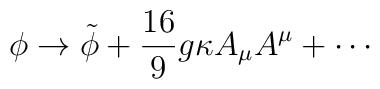
\phi \rightarrow \tilde{\phi} + \frac{16}{9} g \kappa  A_\mu A^\mu + \cdots